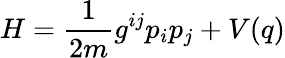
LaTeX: H=\frac{1}{2m}g^{ij}p_{i}p_{j}+V(q)